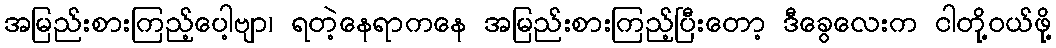
အမြည်းစားကြည့်ပေါ့ဗျာ၊ ရတဲ့နေရာကနေ အမြည်းစားကြည့်ပြီးတော့ ဒီခွေလေးက ငါတို့ဝယ်ဖို့